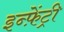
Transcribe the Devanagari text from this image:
इन्फ़ेंट्री